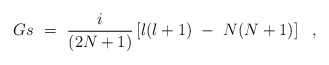
\begin{align*}Gs~=~{i \over (2N+1) } \left[ l(l+1)~-~N (N+1) \right] ~~, \end{align*}